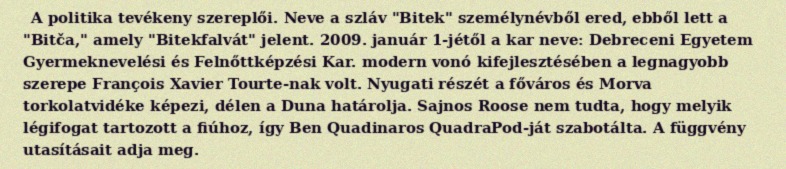
A politika tevékeny szereplői. Neve a szláv "Bitek" személynévből ered, ebből lett a "Bitča," amely "Bitekfalvát" jelent. 2009. január 1-jétől a kar neve: Debreceni Egyetem Gyermeknevelési és Felnőttképzési Kar. modern vonó kifejlesztésében a legnagyobb szerepe François Xavier Tourte-nak volt. Nyugati részét a főváros és Morva torkolatvidéke képezi, délen a Duna határolja. Sajnos Roose nem tudta, hogy melyik légifogat tartozott a fiúhoz, így Ben Quadinaros QuadraPod-ját szabotálta. A függvény utasításait adja meg.